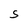
Character: S